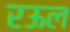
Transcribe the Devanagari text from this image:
रऊल